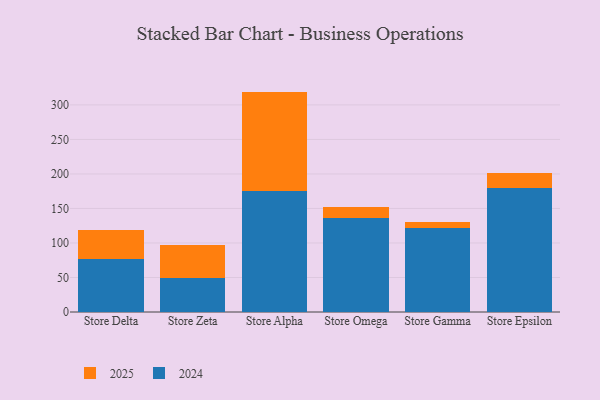
{"axis": {"x": "Store", "y": "LTV (USD)"}, "legend": ["2024", "2025"], "data": [{"x": "Store Delta", "y": 76.1, "type": "2024"}, {"x": "Store Delta", "y": 42.0, "type": "2025"}, {"x": "Store Zeta", "y": 49.4, "type": "2024"}, {"x": "Store Zeta", "y": 48.2, "type": "2025"}, {"x": "Store Alpha", "y": 174.6, "type": "2024"}, {"x": "Store Alpha", "y": 144.7, "type": "2025"}, {"x": "Store Omega", "y": 135.9, "type": "2024"}, {"x": "Store Omega", "y": 16.7, "type": "2025"}, {"x": "Store Gamma", "y": 121.7, "type": "2024"}, {"x": "Store Gamma", "y": 9.4, "type": "2025"}, {"x": "Store Epsilon", "y": 179.3, "type": "2024"}, {"x": "Store Epsilon", "y": 22.6, "type": "2025"}]}